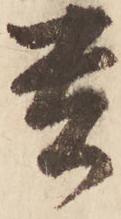
貴